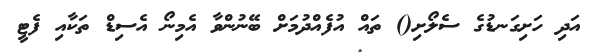
އަދި ހަށިގަނޑުގެ ސެލޯށި() ތައް އުފެއްދުމަށް ބޭނުންވާ އެމިނޯ އެސިޑް ތަކާއި ފެޓީ